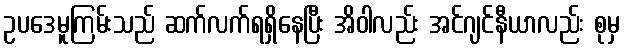
ဥပဒေမူကြမ်းသည် ဆက်လက်ရရှိနေပြီး အိဝါလည်း အင်ဂျင်နီယာလည်း စုမှ